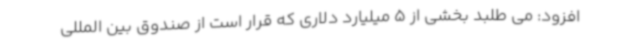
افزود: می طلبد بخشی از 5 میلیارد دلاری که قرار است از صندوق بین المللی